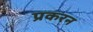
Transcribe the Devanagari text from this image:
प्रकरन